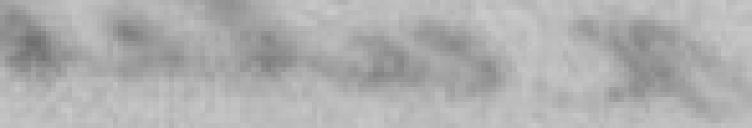
Voulu  la Repousser, & que il luy est revenu